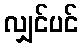
လျှင်ပင်